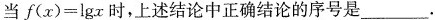
当f(x)=lgx时，上述结论中正确结论的序号是___.